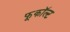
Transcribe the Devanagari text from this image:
फूकॉल्ट